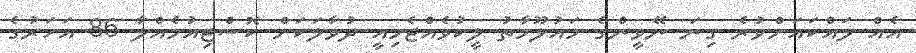
އެއް ލައްކައަށްވުރެ ގިނަ ނޭވީންގެ މައުލޫމާތު ލީކުވެއްޖެމިއީ ދުވާލަކަށް ކޮސްޓިއުމެއްލާ 86 އަހަރުގެ